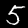
Label: 5